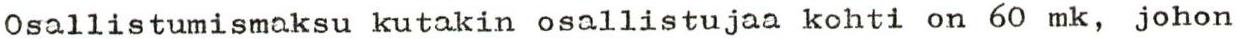
Osallistumismaksu kutakin osallistujaa kohti on 60 mk, johon